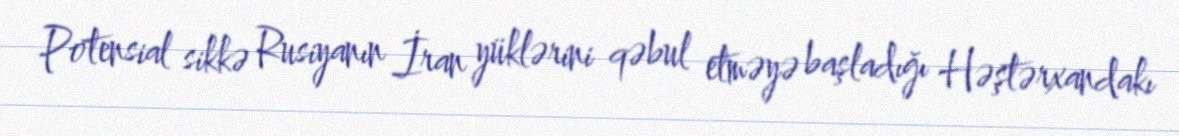
Potensial sikkə Rusiyanın İran yüklərini qəbul etməyə başladığı Həştərxandakı